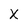
Character: X